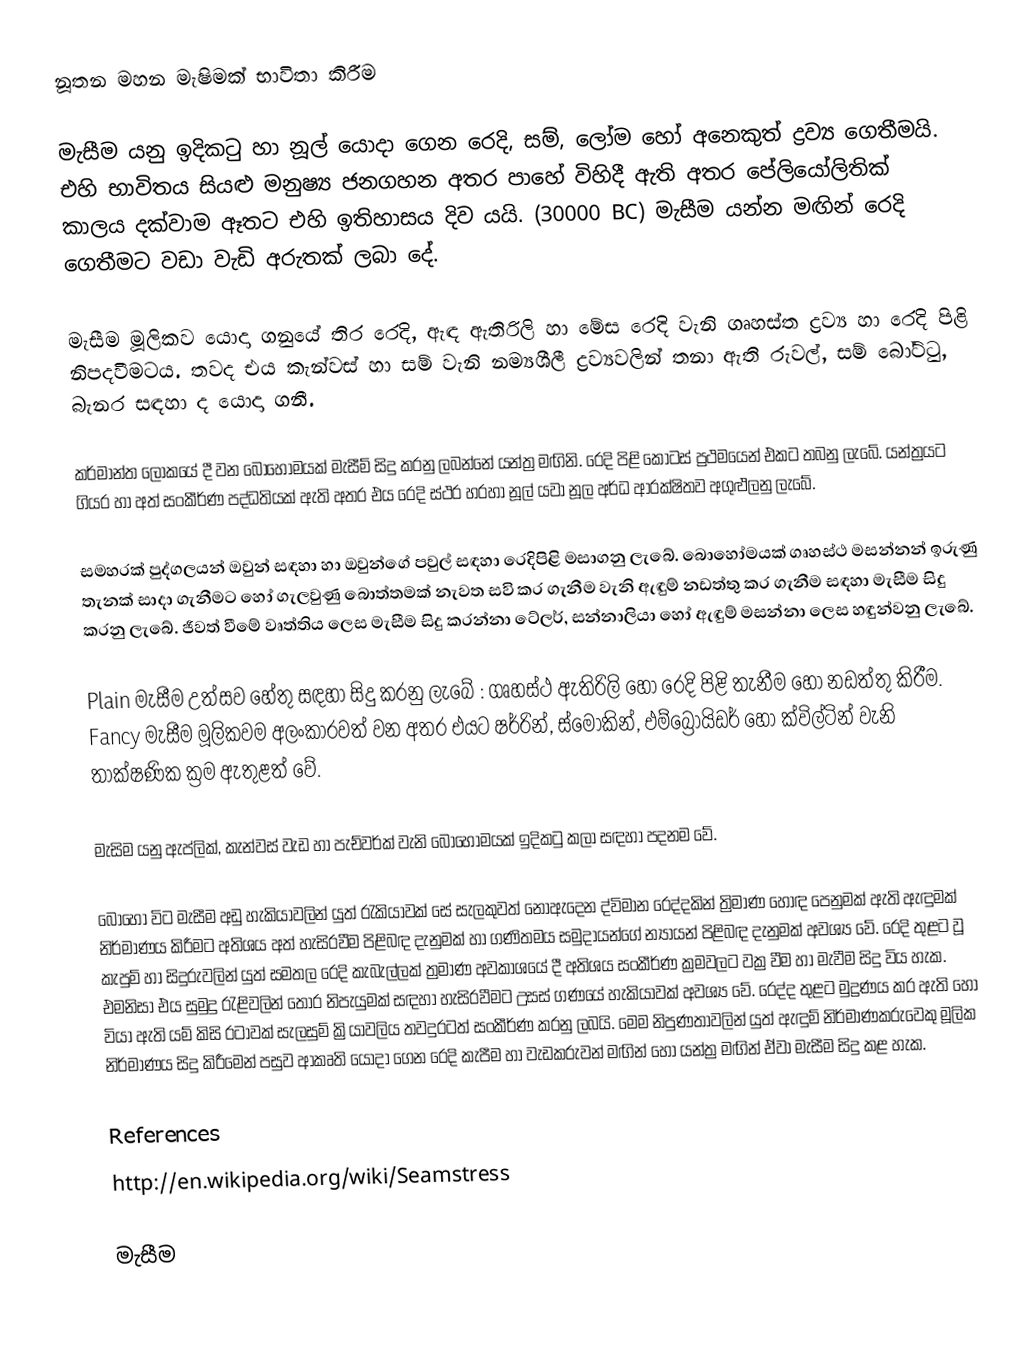
නූතන මහන මැෂිමක් භාවිතා කිරීම

මැසීම යනු ඉදිකටු හා නූල් යොදා ගෙන රෙදි, සම්, ලෝම හෝ අනෙකුත් ද්‍රව්‍ය ගෙතීමයි. එහි භාවිතය සියළු මනුෂ්‍ය ජනගහන අතර පාහේ විහිදී ඇති අතර පේලියෝලිතික් කාලය දක්වාම ඈතට එහි ඉතිහාසය දිව යයි. (30000 BC) මැසීම යන්න මඟින් රෙදි ගෙතීමට වඩා වැඩි අරුතක් ලබා දේ.

මැසීම මූලිකව යොදා ගනුයේ තිර රෙදි, ඇඳ ඇතිරිලි හා මේස රෙදි වැනි ගෘහස්ත ද්‍රව්‍ය හා රෙදි පිළි නිපදවීමටය. තවද එය කැන්වස් හා සම් වැනි නම්‍යශීලී ද්‍රව්‍යවලින් තනා ඇති රුවල්, සම් බෝට්ටු, බැනර සඳහා ද යොදා ගනී.

කර්මාන්ත ලෝකයේ දී වන බොහොමයක් මැසීම් සිදු කරනු ලබන්නේ යන්ත්‍ර මඟිනි. රෙදි පිළි කොටස් ප්‍රථමයෙන් එකට තබනු ලැ‍බේ. යන්ත්‍රයට ගියර හා අත් සංකීර්ණ පද්ධතියක් ඇති අතර එය රෙදි ස්ථර හරහා නූල් යවා නූල අර්ධ ආරක්ෂිතව අගුළුලනු ලැබේ.

සමහරක් පුද්ගලයන් ‍ඔවුන් සඳහා හා ඔවුන්ගේ පවුල් සඳහා රෙදිපිළි මසාගනු ලැබේ. බොහෝමයක් ගෘහස්ථ මසන්නන් ඉරුණු තැනක් සාදා ගැනීමට හෝ ගැලවුණු බොත්තමක් නැවත සවි කර ගැනීම වැනි ඇඳුම් නඩත්තු කර ගැනීම සඳහා මැසීම සිදු කරනු ලැබේ. ජීවත් වීමේ වෘත්තිය ලෙස මැසීම සිදු කරන්නා ටේලර්, සන්නාලියා හෝ ඇඳුම් මසන්නා ලෙස හඳුන්වනු ලැබේ.

Plain මැසීම උත්සව හේතු සඳහා සිදු කරනු ලැබේ : ගෘහස්ථ ඇතිරිලි හෝ රෙදි පිළි තැනීම හෝ නඩත්තු කිරීම. Fancy මැසීම මූලිකවම අලංකාරවත් වන අතර එයට ෂර්රින්, ස්මෝකින්, එම්බ්‍රොයිඩර් හෝ ක්විල්ටින් වැනි තාක්ෂණික ක්‍රම ඇතුළත් වේ.

මැසිම යනු ඇප්ලික්, කැන්වස් වැඩ හා පැච්වර්ක් වැනි බොහොමයක් ඉදිකටු කලා සඳහා පදනම වේ.

බොහෝ විට මැසීම අඩු හැකියාවලින් යුත් රැකියාවක් සේ සැලකුවත් නොඇදෙන ද්විමාන රෙද්දකින් ත්‍රිමාණ හොඳ පෙනුමක් ඇති ඇඳුමක් නිර්මාණය කිරීමට අතිශය අත් හැසිරවීම පිළිබඳ දැනුමක් හා ගණිතමය සමුදායන්ගේ න්‍යායන් පිළිබඳ දැනුමක් අවශ්‍ය වේ. රෙදි තුළට වූ කැපුම් හා සිදුරුවලින් යුත් සමතල රෙදි කැබැල්ලක් ත්‍රමාණ අවකාශයේ දී අතිශය සංකීර්ණ ක්‍රමවලට වක්‍ර වීම හා මැවීම සිදු විය හැක. එමනිසා එය සුමුදු රැළිවලින් තොර නිපැයුමක් සඳහා හැසිරවීමට උසස් ගණයේ හැකියාවක් අවශ්‍ය වේ. රෙද්ද තුළට මුද්‍රණය කර ඇති හෝ වියා ඇති යම් කිසි රටාවක් සැලසුම් ක්‍රියාවලිය තවදුරටත් සංකීර්ණ කරනු ලබයි. මෙම නිපුණතාවලින් යුත් ඇඳුම් නිර්මාණකරුවෙකු මූලික නිර්මාණය සිදු කිරීමෙන් පසුව ආකෘති යොදා ගෙන රෙදි කැපීම හා වැඩකරුවන් මඟින් හෝ යන්ත්‍ර මඟින් ඒවා මැසීම සිදු කළ හැක.

References
http://en.wikipedia.org/wiki/Seamstress

මැසීම